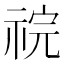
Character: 𫀏